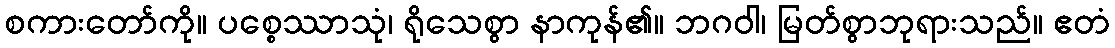
စကားတော်ကို။ ပစ္စေဿာသုံ၊ ရိုသေစွာ နာကုန်၏။ ဘဂဝါ၊ မြတ်စွာဘုရားသည်။ ဧတံ